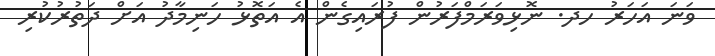
ވަނަ އަހަރު ހދ. ނޮޅިވަރަމްފަރުން ފުރައިގެން އެ އަތޮޅު ހަނިމާދު އަށް ދަތުރުކުރި